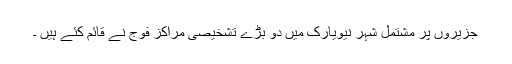
جزیروں پر مشتمل شہر نیویارک میں دو بڑے تشخیصی مراکز فوج نے قائم کئے ہیں ۔